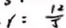
y = \frac { 1 2 } { 5 }